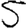
Digit: 5